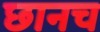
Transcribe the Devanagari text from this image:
छानच